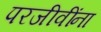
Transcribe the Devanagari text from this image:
परजीवींना